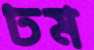
ঢম